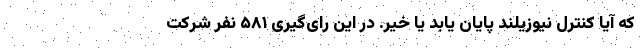
که آیا کنترل نیوزیلند پایان یابد یا خیر. در این رای‌گیری ۵۸۱ نفر شرکت